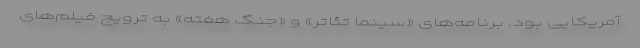
آمریکایی بود. برنامه‌های «سینما تئاتر» و «جنگ هفته» به ترویج فیلم‌های